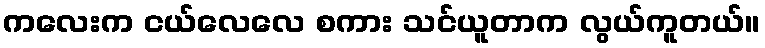
ကလေးက ငယ်လေလေ စကား သင်ယူတာက လွယ်ကူတယ်။